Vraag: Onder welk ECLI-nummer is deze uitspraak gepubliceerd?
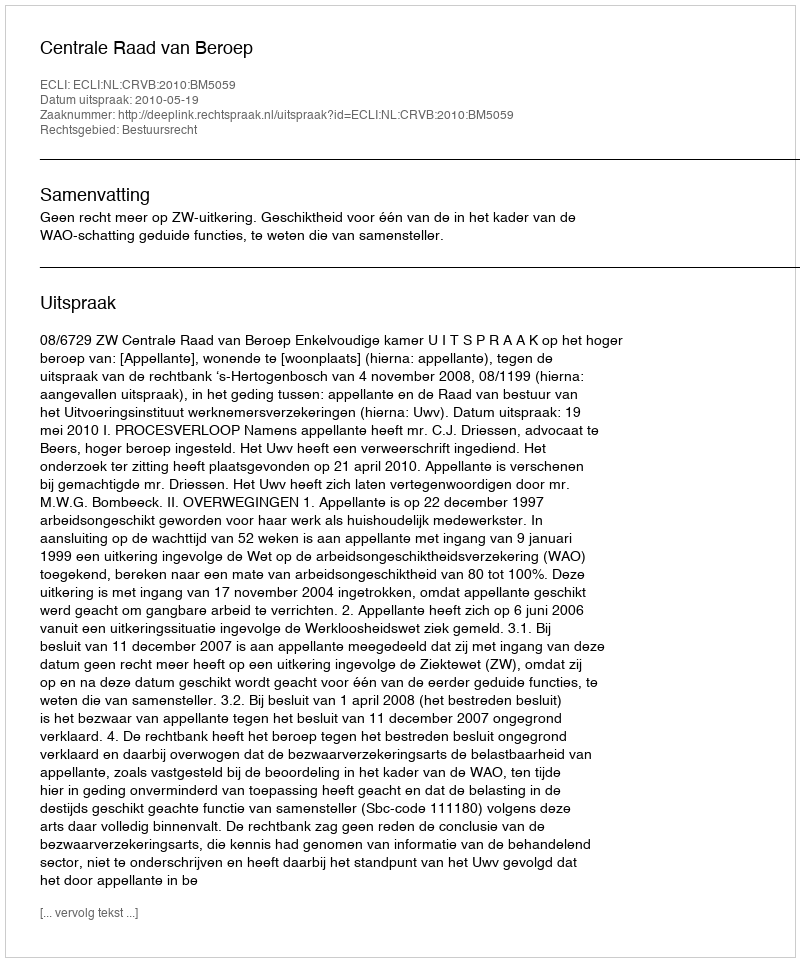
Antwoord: ECLI:NL:CRVB:2010:BM5059